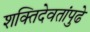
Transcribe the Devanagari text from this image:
शक्तिदेवतांपुढे